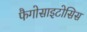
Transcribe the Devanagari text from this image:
फैगोसाइटोसिस